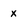
Character: x